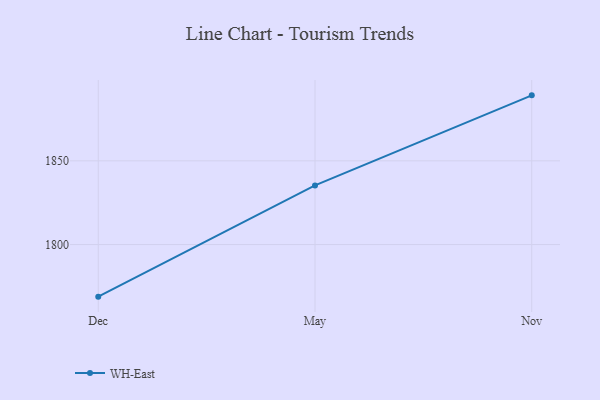
{"axis": {"x": "Month", "y": "Latency (ms)"}, "legend": ["WH-East"], "data": [{"x": "Dec", "y": 1768.9, "type": "WH-East"}, {"x": "May", "y": 1835.3, "type": "WH-East"}, {"x": "Nov", "y": 1889.1, "type": "WH-East"}]}